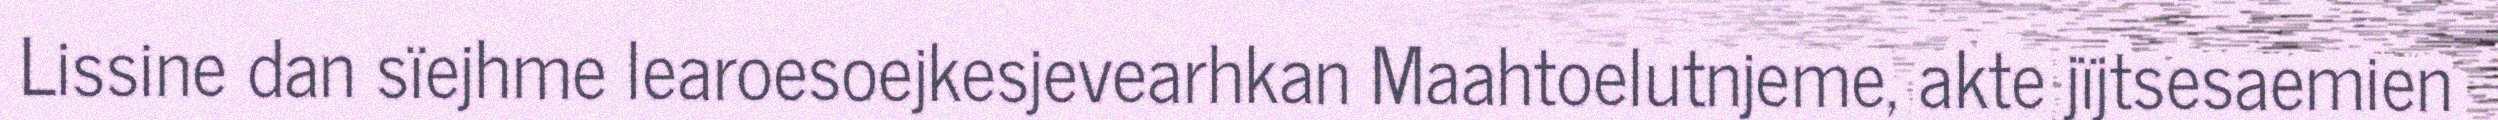
Lissine dan sïejhme learoesoejkesjevearhkan Maahtoelutnjeme, akte jïjtsesaemien